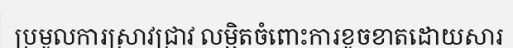
ប្រមូលការស្រាវជ្រាវ លម្អិតចំពោះការខូចខាតដោយសារ